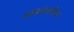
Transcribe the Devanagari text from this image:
आज्ञावलीवर